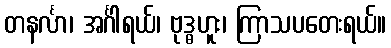
တနင်္လာ၊ အင်္ဂါရယ်၊ ဗုဒ္ဓဟူး၊ ကြာသပတေးရယ်။